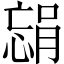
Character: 𫺴